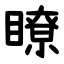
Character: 瞭